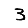
Digit: 3